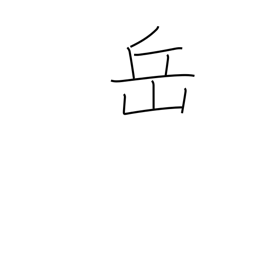
Meaning: mountain